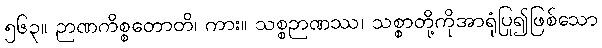
၅၆၃။ ဉာဏကိစ္စတောတိ၊ ကား။ သစ္စဉာဏဿ၊ သစ္စာတို့ကိုအာရုံပြု၍ဖြစ်သော